Vabadussoja_Ajaloo_Komitee, lk 4
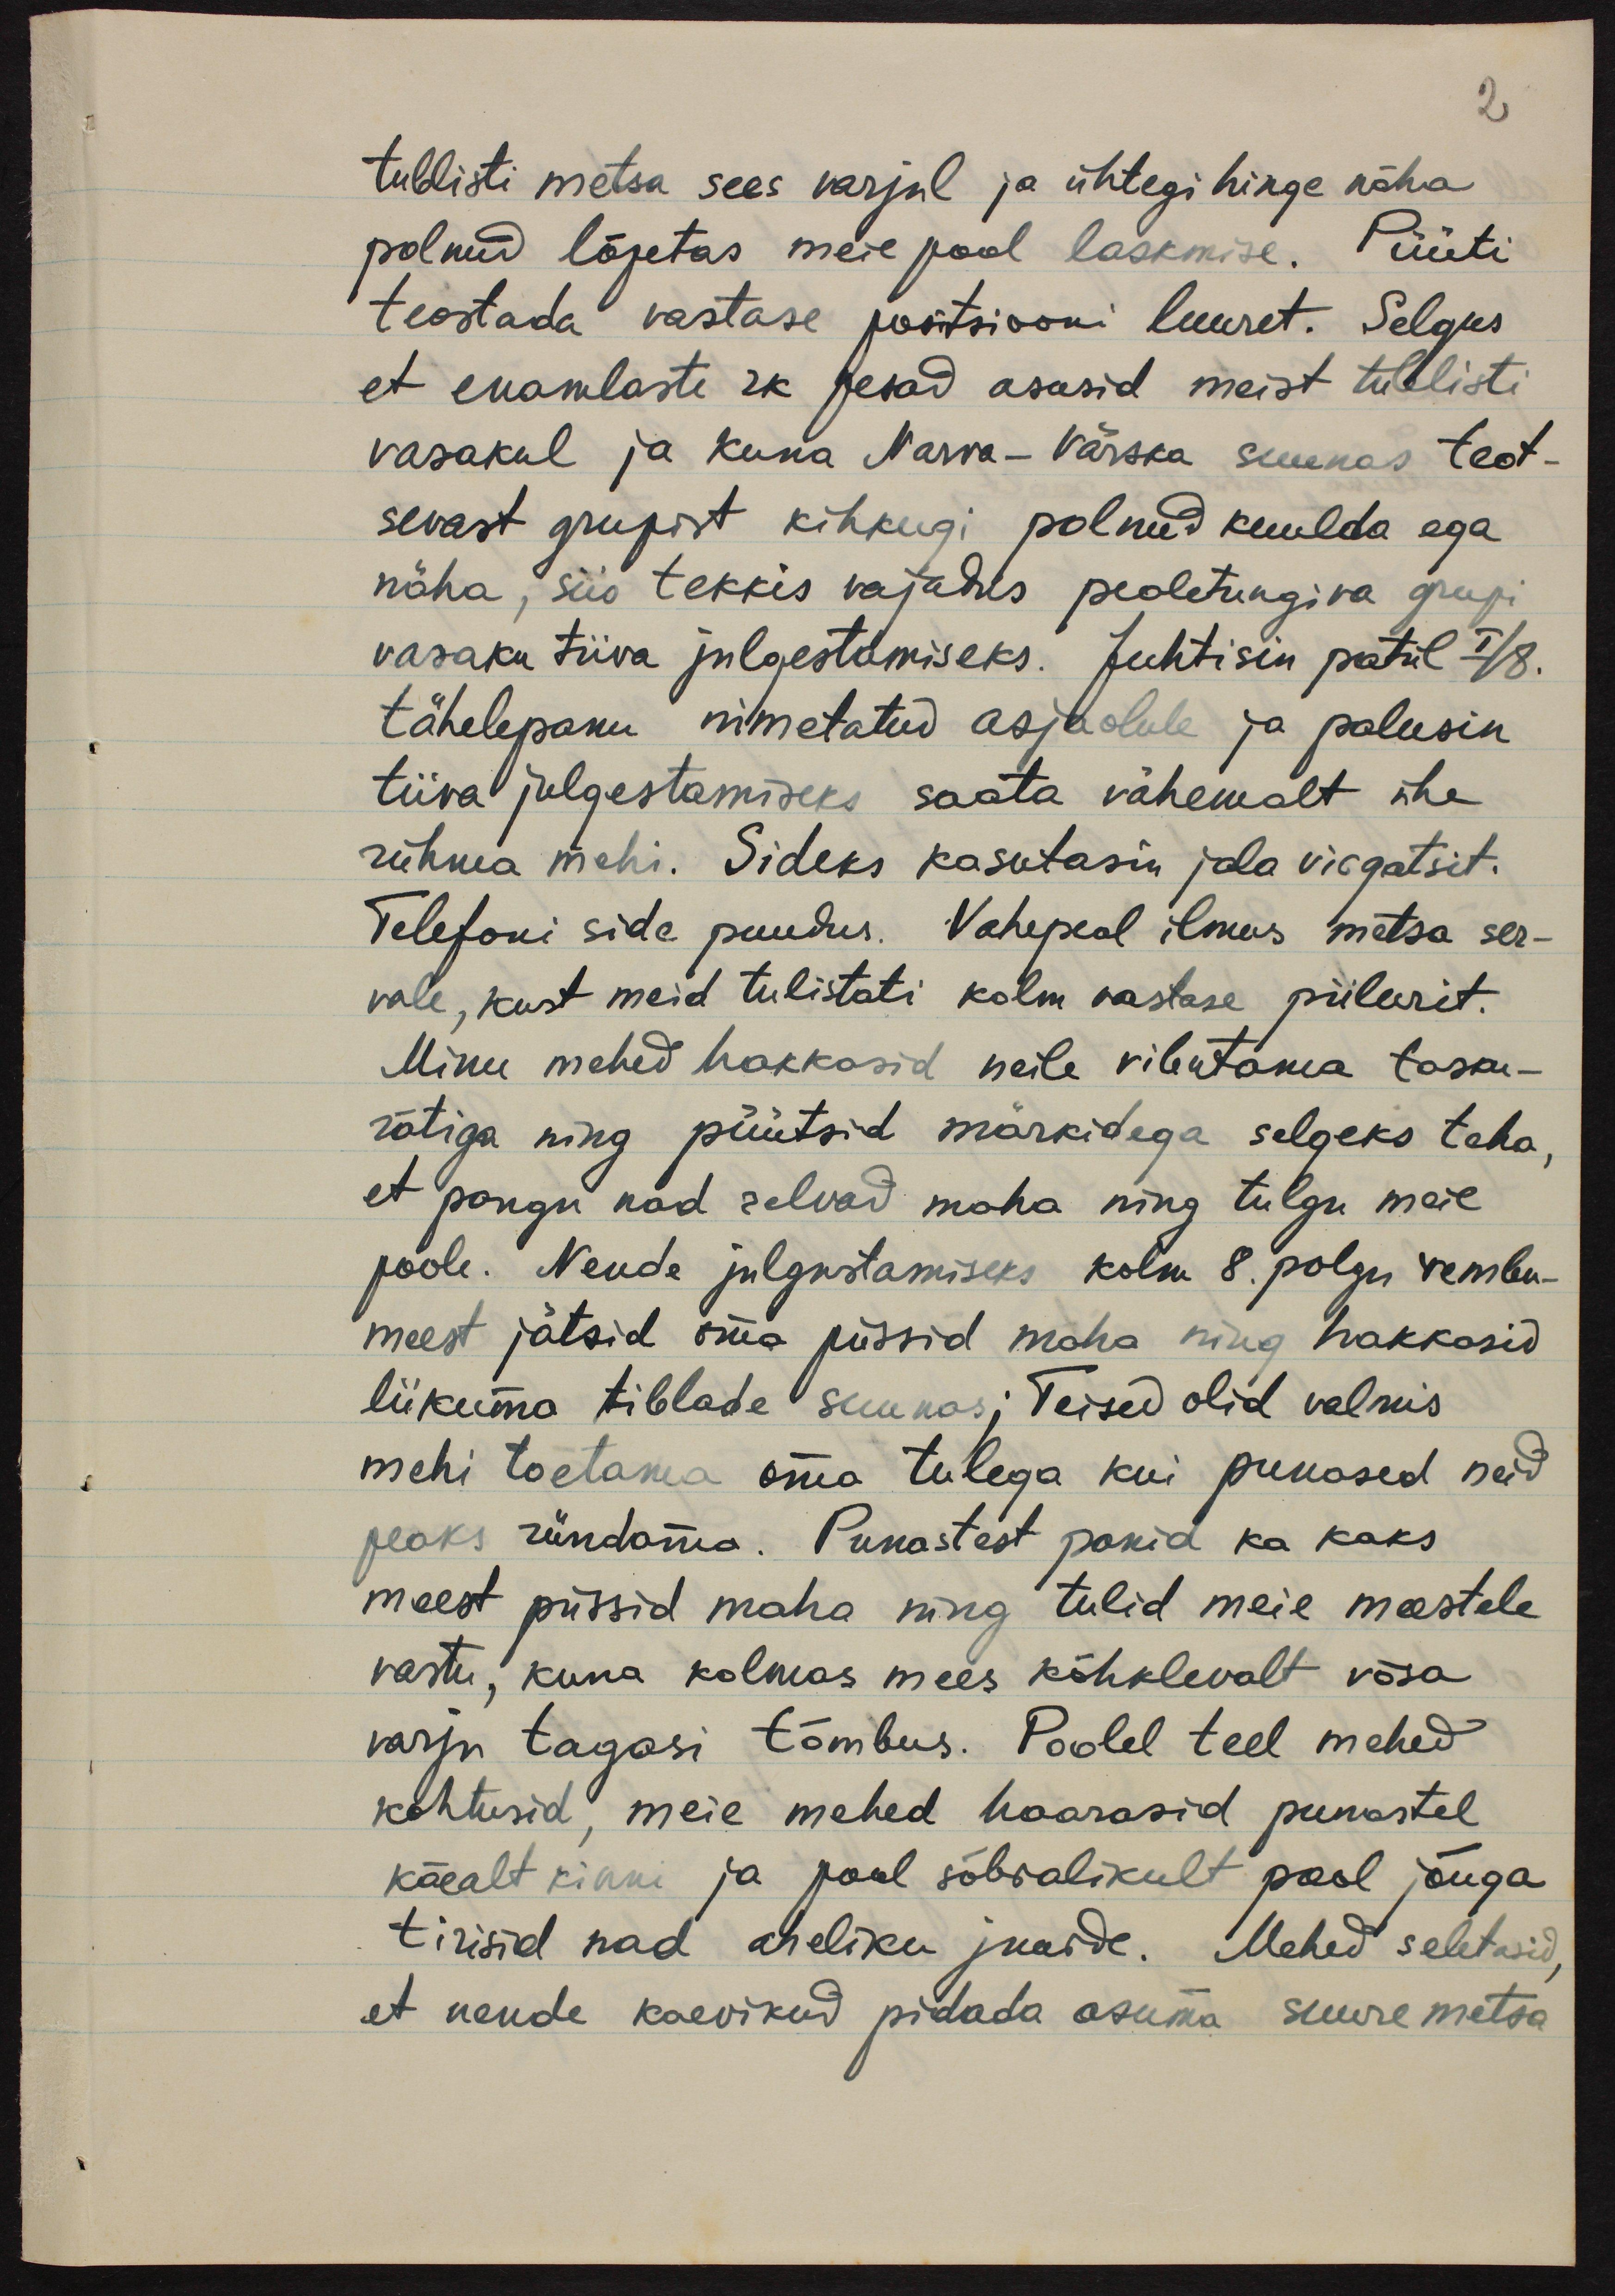
2

tublisti metsa sees varjul ja ühtegi hinge näha
polnud lõpetas meie pool laskmise. Püüti
teostada vastase positsiooni luuret. Selgus
et enamlaste rk pesad asusid meist tublisti
vasakul ja kuna Narva-Värska suunas teot-
sevast grupist kihkugi polnud kuulda ega
näha, siis tekkis vajadus pealetungiva grupi
vasaku tiiva julgestamiseks. Juhtisin patül I/8.
tähelepanu nimetatud asjaolule ja palusin
tiiva julgestamiseks saata vähemalt ühe
rühma mehi. Sideks kasutasin jala virgatsit.
Telefoni side puudus. Vahepeal ilmus metsa ser-
vale, kust meid tulistati kolm vastase piilurit.
Minu mehed hakkasid neile vibutama tasku-
rätiga ning püütsid märkidega selgeks teha,
et pangu nad relvad maha ning tulgu meie
poole. Nende julgustamiseks kolm 8. polgu vembu-
meest jätsid oma püssid maha ning hakkasid
liikuma tiblade suunas; Teised olid valmis
mehi toetama oma tulega kui punased neid
peaks ründama. Punastest panid ka kaks
meest püssid maha ning tulid meie meestele
vastu, kuna kolmas mees kõhklevalt võsa
varju tagasi tõmbus. Poolel teel mehed
kohtusid, meie mehed haarasid punastel
käealt kinni ja pool sõbralikult pool jõuga
tirisid nad aheliku juurde. Mehed seletasid,
et nende kaevikud pidada asuma suure metsa